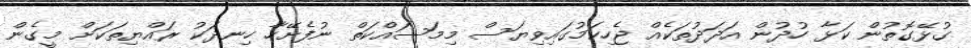
ގުޅޭގޮތުން ކަޅާ ހުދުން އަދަދުތަކެއް ޖެހިކަމުގައިވިޔަސް މިމަސައްކަތް ނުފެށޭހާ ހިނދަކު ރައްޔިތަކަށް މީގެން